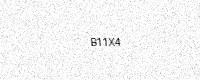
Text: B11X4